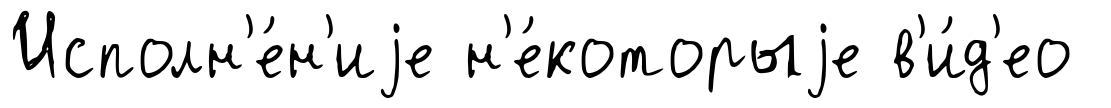
Исполн'е́н'иjе н'е́которыjе в'и́д'ео